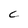
Character: C